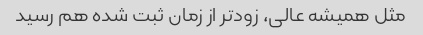
مثل همیشه عالی، زودتر از زمان ثبت شده هم رسید